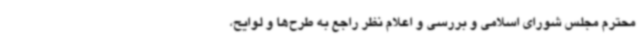
محترم مجلس شورای اسلامی و بررسی و اعلام نظر راجع به طرح‌ها و لوایح،